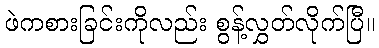
ဖဲကစားခြင်းကိုလည်း စွန့်လွှတ်လိုက်ပြီ။